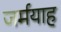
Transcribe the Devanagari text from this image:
जर्मयाह